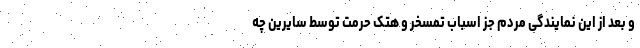
و بعد از این نمایندگی مردم جز اسباب تمسخر و هتک حرمت توسط سایرین چه